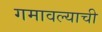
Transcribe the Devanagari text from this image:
गमावल्याची